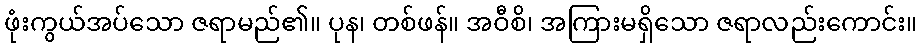
ဖုံးကွယ်အပ်သော ဇရာမည်၏။ ပုန၊ တစ်ဖန်။ အဝီစိ၊ အကြားမရှိသော ဇရာလည်းကောင်း။